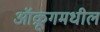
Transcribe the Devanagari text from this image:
ऑक्रूगमधील